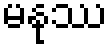
မနုဿ